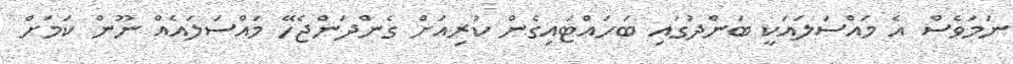
ނަމަވެސް އެ މައްސަލައަކީ ބަންދުގައި ބަހައްޓައިގެން ކުރިއަށް ގެންދަންޖެހޭ މައްސަލައެއް ނޫން ކަމަށް